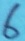
Text: 6